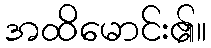
အထိမောင်း၏။